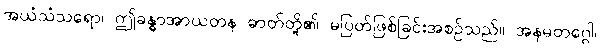
အယံသံသရော၊ ဤခန္ဓာအာယတန ဓာတ်တို့၏ မပြတ်ဖြစ်ခြင်းအစဉ်သည်။ အနမတဂ္ဂေါ၊